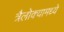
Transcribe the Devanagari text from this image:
त्रैलोक्यामध्ये